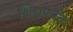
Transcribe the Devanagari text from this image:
शिराफोन